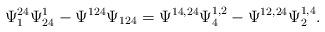
LaTeX: \begin{align*}\Psi^{24}_1\Psi^1_{24}-\Psi^{124}\Psi_{124}= \Psi^{14,24}\Psi^{1,2}_4-\Psi^{12,24}\Psi^{1,4}_2.\end{align*}